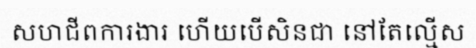
សហជីពការងារ ហើយបើសិនជា នៅតែល្មើស